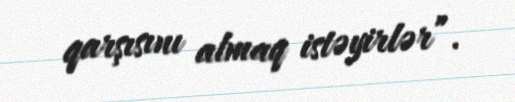
qarşısını almaq istəyirlər”.